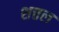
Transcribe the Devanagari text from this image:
शत्तल